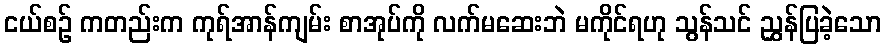
ငယ်စဉ် ကတည်းက ကုရ်အာန်ကျမ်း စာအုပ်ကို လက်မဆေးဘဲ မကိုင်ရဟု သွန်သင် ညွှန်ပြခဲ့သော